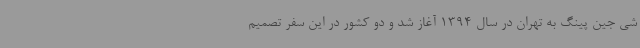
شی جین پینگ به تهران در سال 1394 آغاز شد و دو کشور در این سفر تصمیم